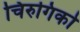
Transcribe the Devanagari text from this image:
चिरुगिको